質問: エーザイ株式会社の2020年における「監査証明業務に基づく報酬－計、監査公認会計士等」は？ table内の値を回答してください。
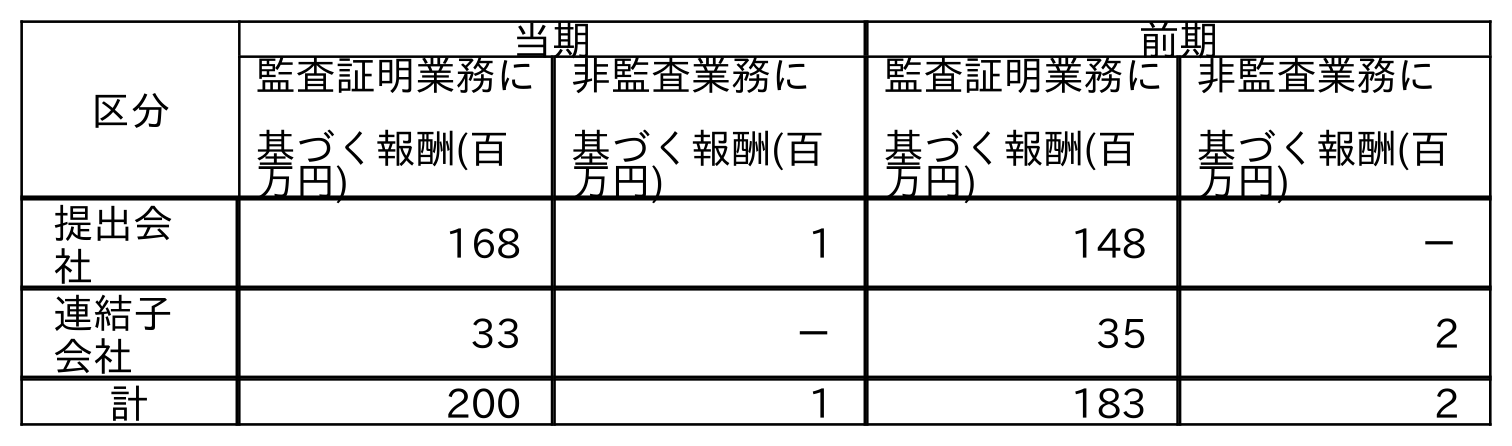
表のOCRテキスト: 区分 当期 前期 監査証明業務に 基づく報酬(百 万円) 非監査業務に 基づく報酬(百 万円) 監査証明業務に 基づく報酬(百 万円) 非監査業務に 基づく報酬(百 万円) 提出会 社 168 1 148 － 連結子 会社 33 － 35 2 計 200 1 183 2
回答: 200